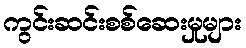
ကွင်းဆင်းစစ်ဆေးမှုများ